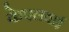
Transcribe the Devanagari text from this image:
केएलवाई